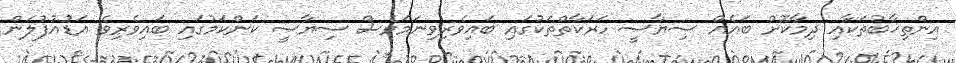
އިންތިޚާބުތަކާއި ދިމާކޮށް ބައެއް ސިޔާސީ ހަރަކާތްތަކުގައި ބައިވެރިވިނަމަވެސް ސިޔާސީ ކަންކަމުގައި ބައިވެރިވެ އަޑުއުފުލަން